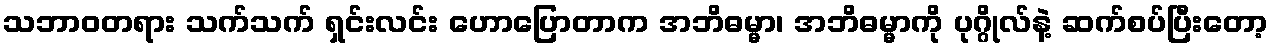
သဘာဝတရား သက်သက် ရှင်းလင်း ဟောပြောတာက အဘိဓမ္မာ၊ အဘိဓမ္မာကို ပုဂ္ဂိုလ်နဲ့ ဆက်စပ်ပြီးတော့